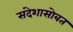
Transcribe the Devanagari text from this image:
संदेशासोबत